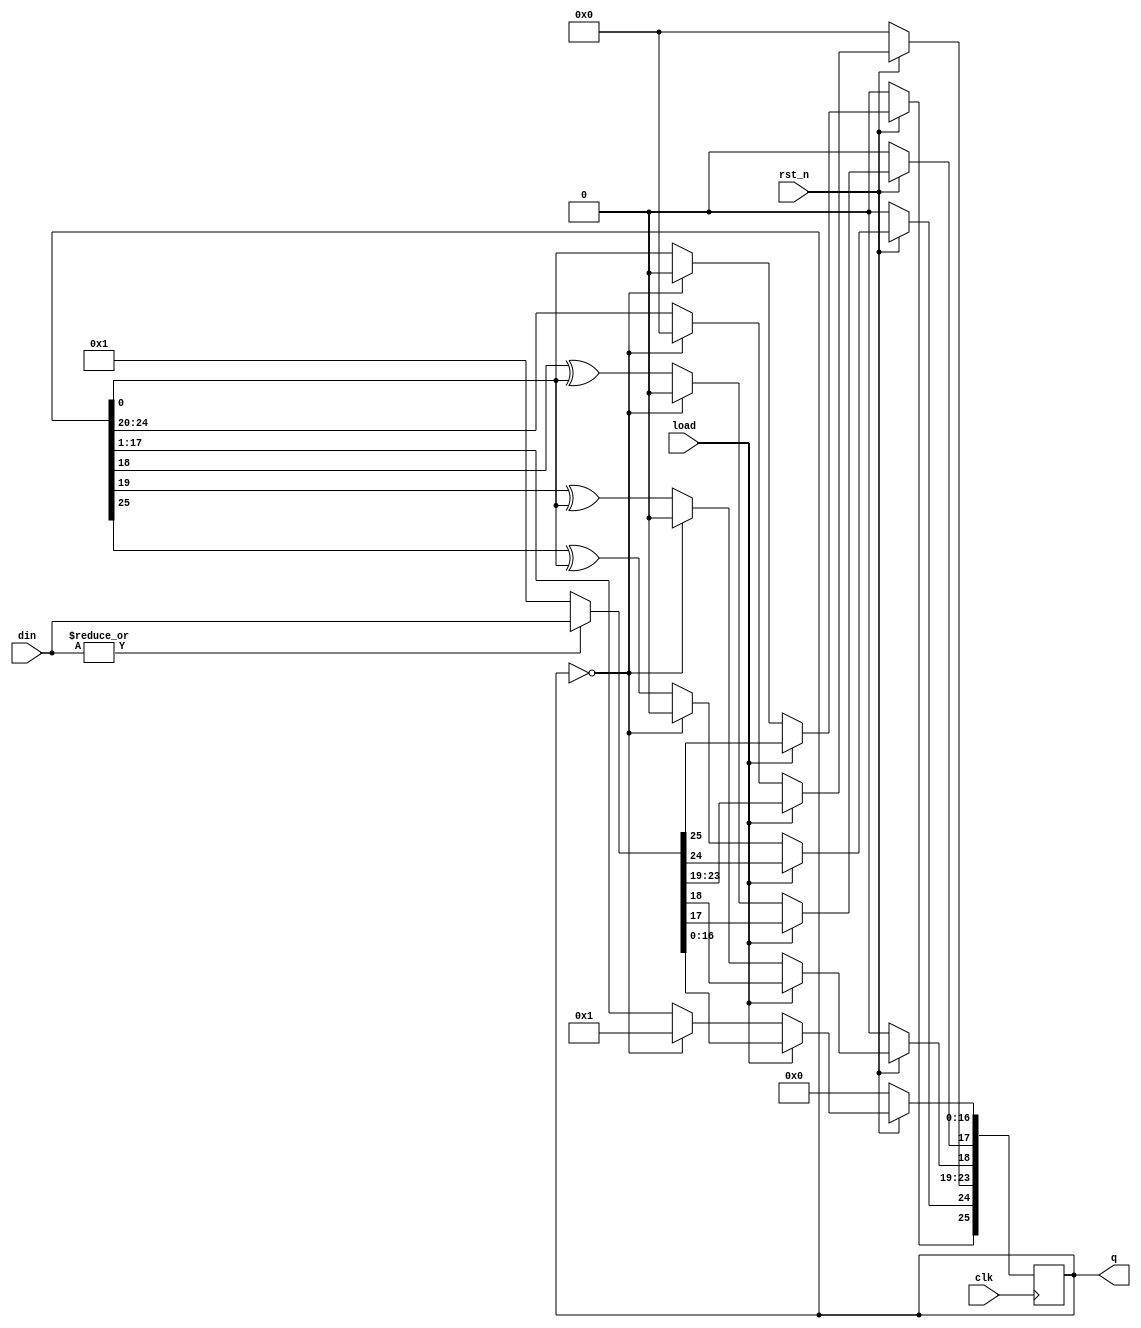
module LFSR(output reg [1:26] q,
            input clk,
            input rst_n,
            input load,
            input [1:26] din);
always @(posedge clk)
begin
  if(~rst_n)
    q <= 26'b0;
  else begin
    if(load)
      q <= (|din) ? din : 26'b1;
    else begin
      if (q == 26'b0)
        q <= 26'b1;
      else begin
        q[10:26] <= q[9:25];
        q[9] <= q[8] ^ q[26];
        q[8] <= q[7] ^ q[26];
        q[3:7] <= q[2:6];
        q[2] <= q[1] ^ q[26];
        q[1] <= q[26];
      end
    end
  end
end            
endmodule